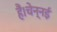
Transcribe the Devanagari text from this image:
हैं।चेन्नई